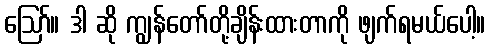
ဪ။ ဒါ ဆို ကျွန်တော်တို့ချိန်းထားတာကို ဖျက်ရမယ်ပေါ့။